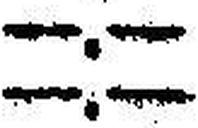
—.—